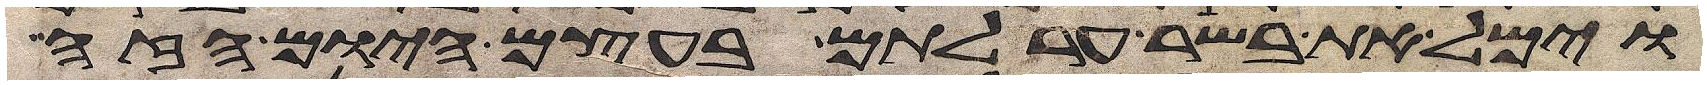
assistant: וימל את בשר ערלתם בעצם היום הזה